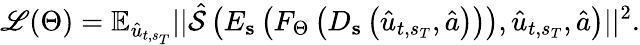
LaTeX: \mathscr{L}(\Theta)=\mathbb{{E}}_{\hat{{u}}_{t,s_{T}}}||\hat{{\mathcal{{S}}}}\left(E_{\mathbf{{s}}}\left(F_{\Theta}\left(D_{\mathbf{{s}}}\left(\hat{{u}}_{t,s_{T}},\hat{{a}}\right)\right)\right),\hat{{u}}_{t,s_{T}},\hat{{a}}\right)||^{2}.